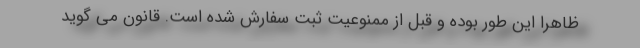
ظاهرا این طور بوده و قبل از ممنوعیت ثبت سفارش شده است. قانون می گوید